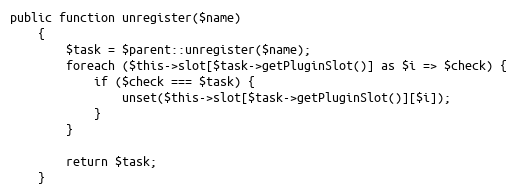
Language: PHP
public function unregister($name)
    {
        $task = $parent::unregister($name);
        foreach ($this->slot[$task->getPluginSlot()] as $i => $check) {
            if ($check === $task) {
                unset($this->slot[$task->getPluginSlot()][$i]);
            }
        }

        return $task;
    }